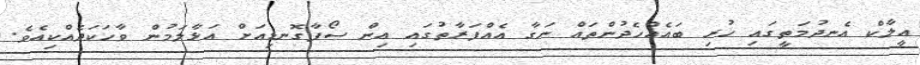
އީލާކް އެނދުމަތީގައި ހުރި ބައެއްހެދުންތައް ނަގާ އެއްފަރާތުގައި އިން ސޯފާގޮނޑިއަށް އަޅާލަމުން ވާހަކަދެއްކިއެވެ.